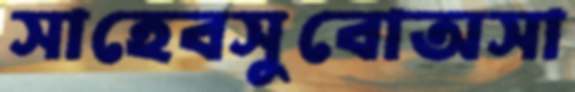
সাহেবসুবোঅসা